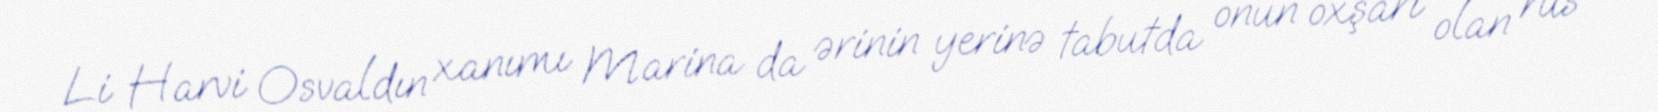
Li Harvi Osvaldın xanımı Marina da ərinin yerinə tabutda onun oxşarı olan rus